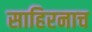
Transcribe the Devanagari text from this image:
साहिरनाच